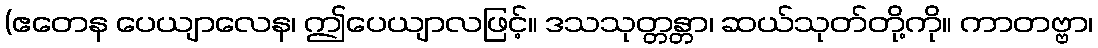
(ဧတေန ပေယျာလေန၊ ဤပေယျာလဖြင့်။ ဒသသုတ္တန္တာ၊ ဆယ်သုတ်တို့ကို။ ကာတဗ္ဗာ၊